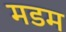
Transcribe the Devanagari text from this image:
मडम